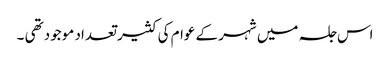
اس جلسہ میں شہر کے عوام کی کثیر تعداد موجود تھی ۔